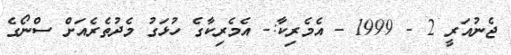
ޖެނުއަރީ 2 - 1999 - އެމެރިކާ:- އެމެރިކާގެ ހުޅަގު މެދުތެރެއަށް ސްނޯގެ